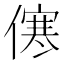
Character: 㒏